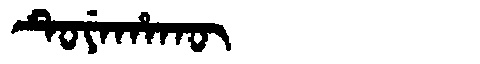
Manchu: ᡨᡠᠶᡝᡥᠠᡴᡡ
Romanization: TUYEHAKŪ